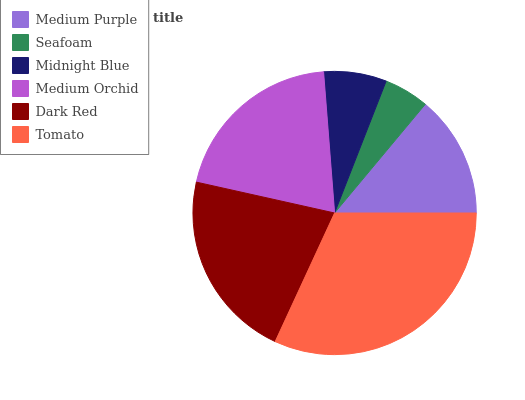
| Medium Purple | Seafoam | Midnight Blue | Medium Orchid | Dark Red | Tomato |
 | --- | --- | --- | --- | --- | --- |
 | 14% | 5.14% | 7.17% | 20.2% | 21.7% | 31.9% |